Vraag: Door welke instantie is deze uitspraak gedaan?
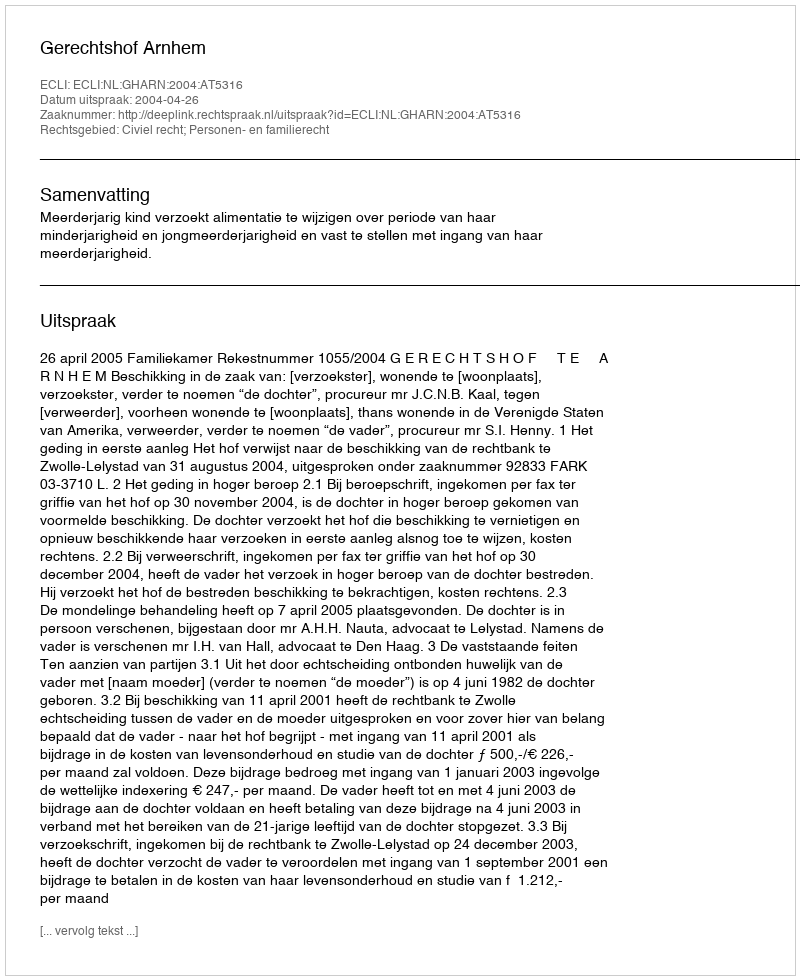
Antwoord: Gerechtshof Arnhem